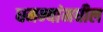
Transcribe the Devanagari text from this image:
धमन्यांमधील